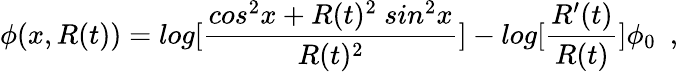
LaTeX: \phi(x,R(t))=log[\frac{cos^{2}x+R(t)^{2}~sin^{2}x}{R(t)^{2}}]-log[{\frac{R^{\prime}(t)}{R(t)}}]\phi_{0}~~,